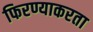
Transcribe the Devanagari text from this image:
फिरण्याकरता